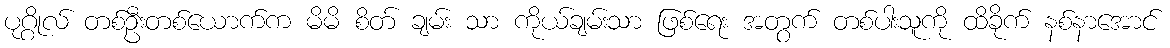
ပုဂ္ဂိုလ် တစ်ဦးတစ်ယောက်က မိမိ စိတ် ချမ်း သာ ကိုယ်ချမ်းသာ ဖြစ်ရေး အတွက် တစ်ပါးသူကို ထိခိုက် နစ်နာအောင်